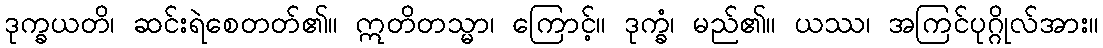
ဒုက္ခယတိ၊ ဆင်းရဲစေတတ်၏။ ဣတိတသ္မာ၊ ကြောင့်။ ဒုက္ခံ၊ မည်၏။ ယဿ၊ အကြင်ပုဂ္ဂိုလ်အား။